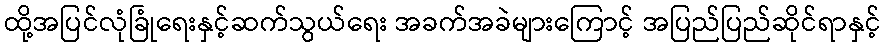
ထို့အပြင်လုံခြုံရေးနှင့်ဆက်သွယ်ရေး အခက်အခဲများကြောင့် အပြည်ပြည်ဆိုင်ရာနှင့်